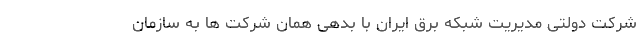
شرکت‌‌ دولتی مدیریت شبکه برق ایران با بدهی همان شرکت ها‌ به سازمان